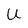
Character: U